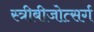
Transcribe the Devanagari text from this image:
स्त्रीबीजोत्सर्ग